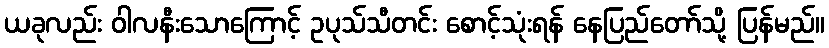
ယခုလည်း ဝါလနီးသောကြောင့် ဥပုသ်သီတင်း စောင့်သုံးရန် နေပြည်တော်သို့ ပြန်မည်။